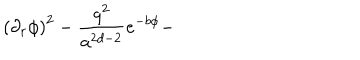
LaTeX: \left( \partial _ { r } \phi \right) ^ { 2 } - \frac { q ^ { 2 } } { a ^ { 2 d - 2 } } e ^ { - b \phi } -